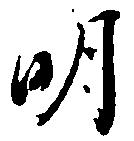
明